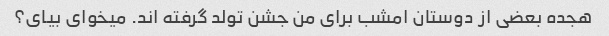
هجده بعضی از دوستان امشب برای من جشن تولد گرفته اند. میخوای بیای؟